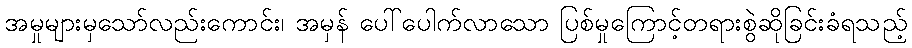
အမှုများမှသော်လည်းကောင်း၊ အမှန် ပေါ်ပေါက်လာသော ပြစ်မှုကြောင့်တရားစွဲဆိုခြင်းခံရသည့်